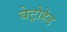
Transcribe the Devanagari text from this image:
बेट्रोहेड